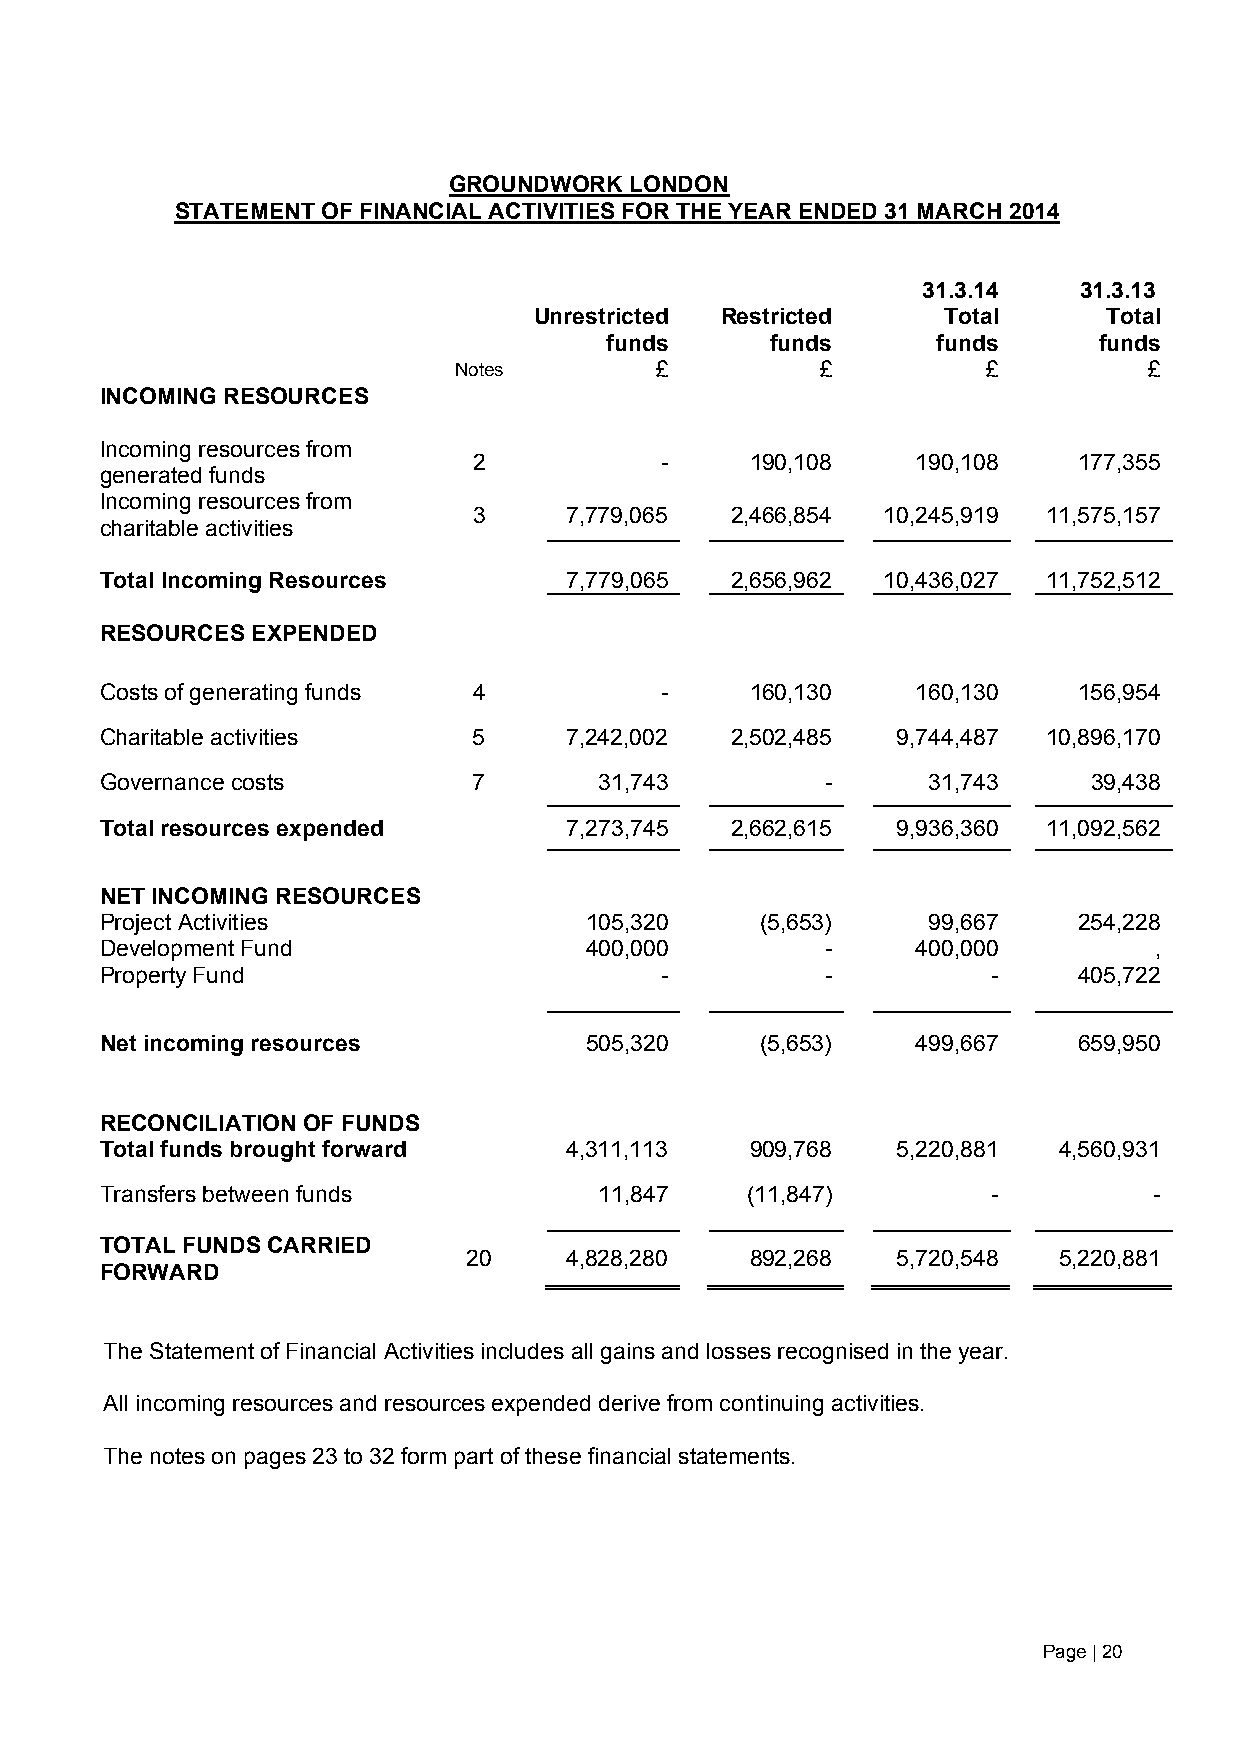
GROUNDWORK  LONDON
 STATEMENT OF FINANCIAL ACTIVITIES FOR THE YEAR ENDED 31 MARCH 2014
 31.3.14   31.3.13
 Unrestricted Restricted    Total      Total
 funds      funds      funds      funds
 Notes        £          £          £          £
 INCOMING RESOURCES
 Incoming resources from
 2            -     190,108    190,108   177,355
 generated funds
 Incoming resources from
 3     7,779,065  2,466,854 10,245,919 11,575,157
 charitable activities
 Total Incoming Resources      7,779,065  2,656,962 10,436,027 11,752,512
 RESOURCES EXPENDED
 Costs of generating funds 4          -     160,130    160,130   156,954
 Charitable activities   5     7,242,002  2,502,485  9,744,487 10,896,170
 Governance costs        7        31,743         -     31,743     39,438
 Total resources expended      7,273,745  2,662,615  9,936,360 11,092,562
 NET INCOMING RESOURCES
 Project Activities              105,320    (5,653)    99,667    254,228
 Development Fund                400,000         -     400,000        ,
 Property Fund                        -          -          -    405,722
 Net incoming resources          505,320    (5,653)    499,667   659,950
 RECONCILIATION OF FUNDS
 Total funds brought forward   4,311,113    909,768  5,220,881  4,560,931
 Transfers between funds          11,847   (11,847)         -         -
 TOTAL FUNDS CARRIED
 20    4,828,280    892,268  5,720,548  5,220,881
 FORWARD
 The Statement of Financial Activities includes all gains and losses recognised in the year.
 All incoming resources and resources expended derive from continuing activities.
 The notes on pages 23 to 32 form part of these financial statements.
 Page | 20